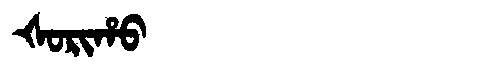
Manchu: ᡧᠣᡵᡳᡥᠣ
Romanization: ŠORIHO